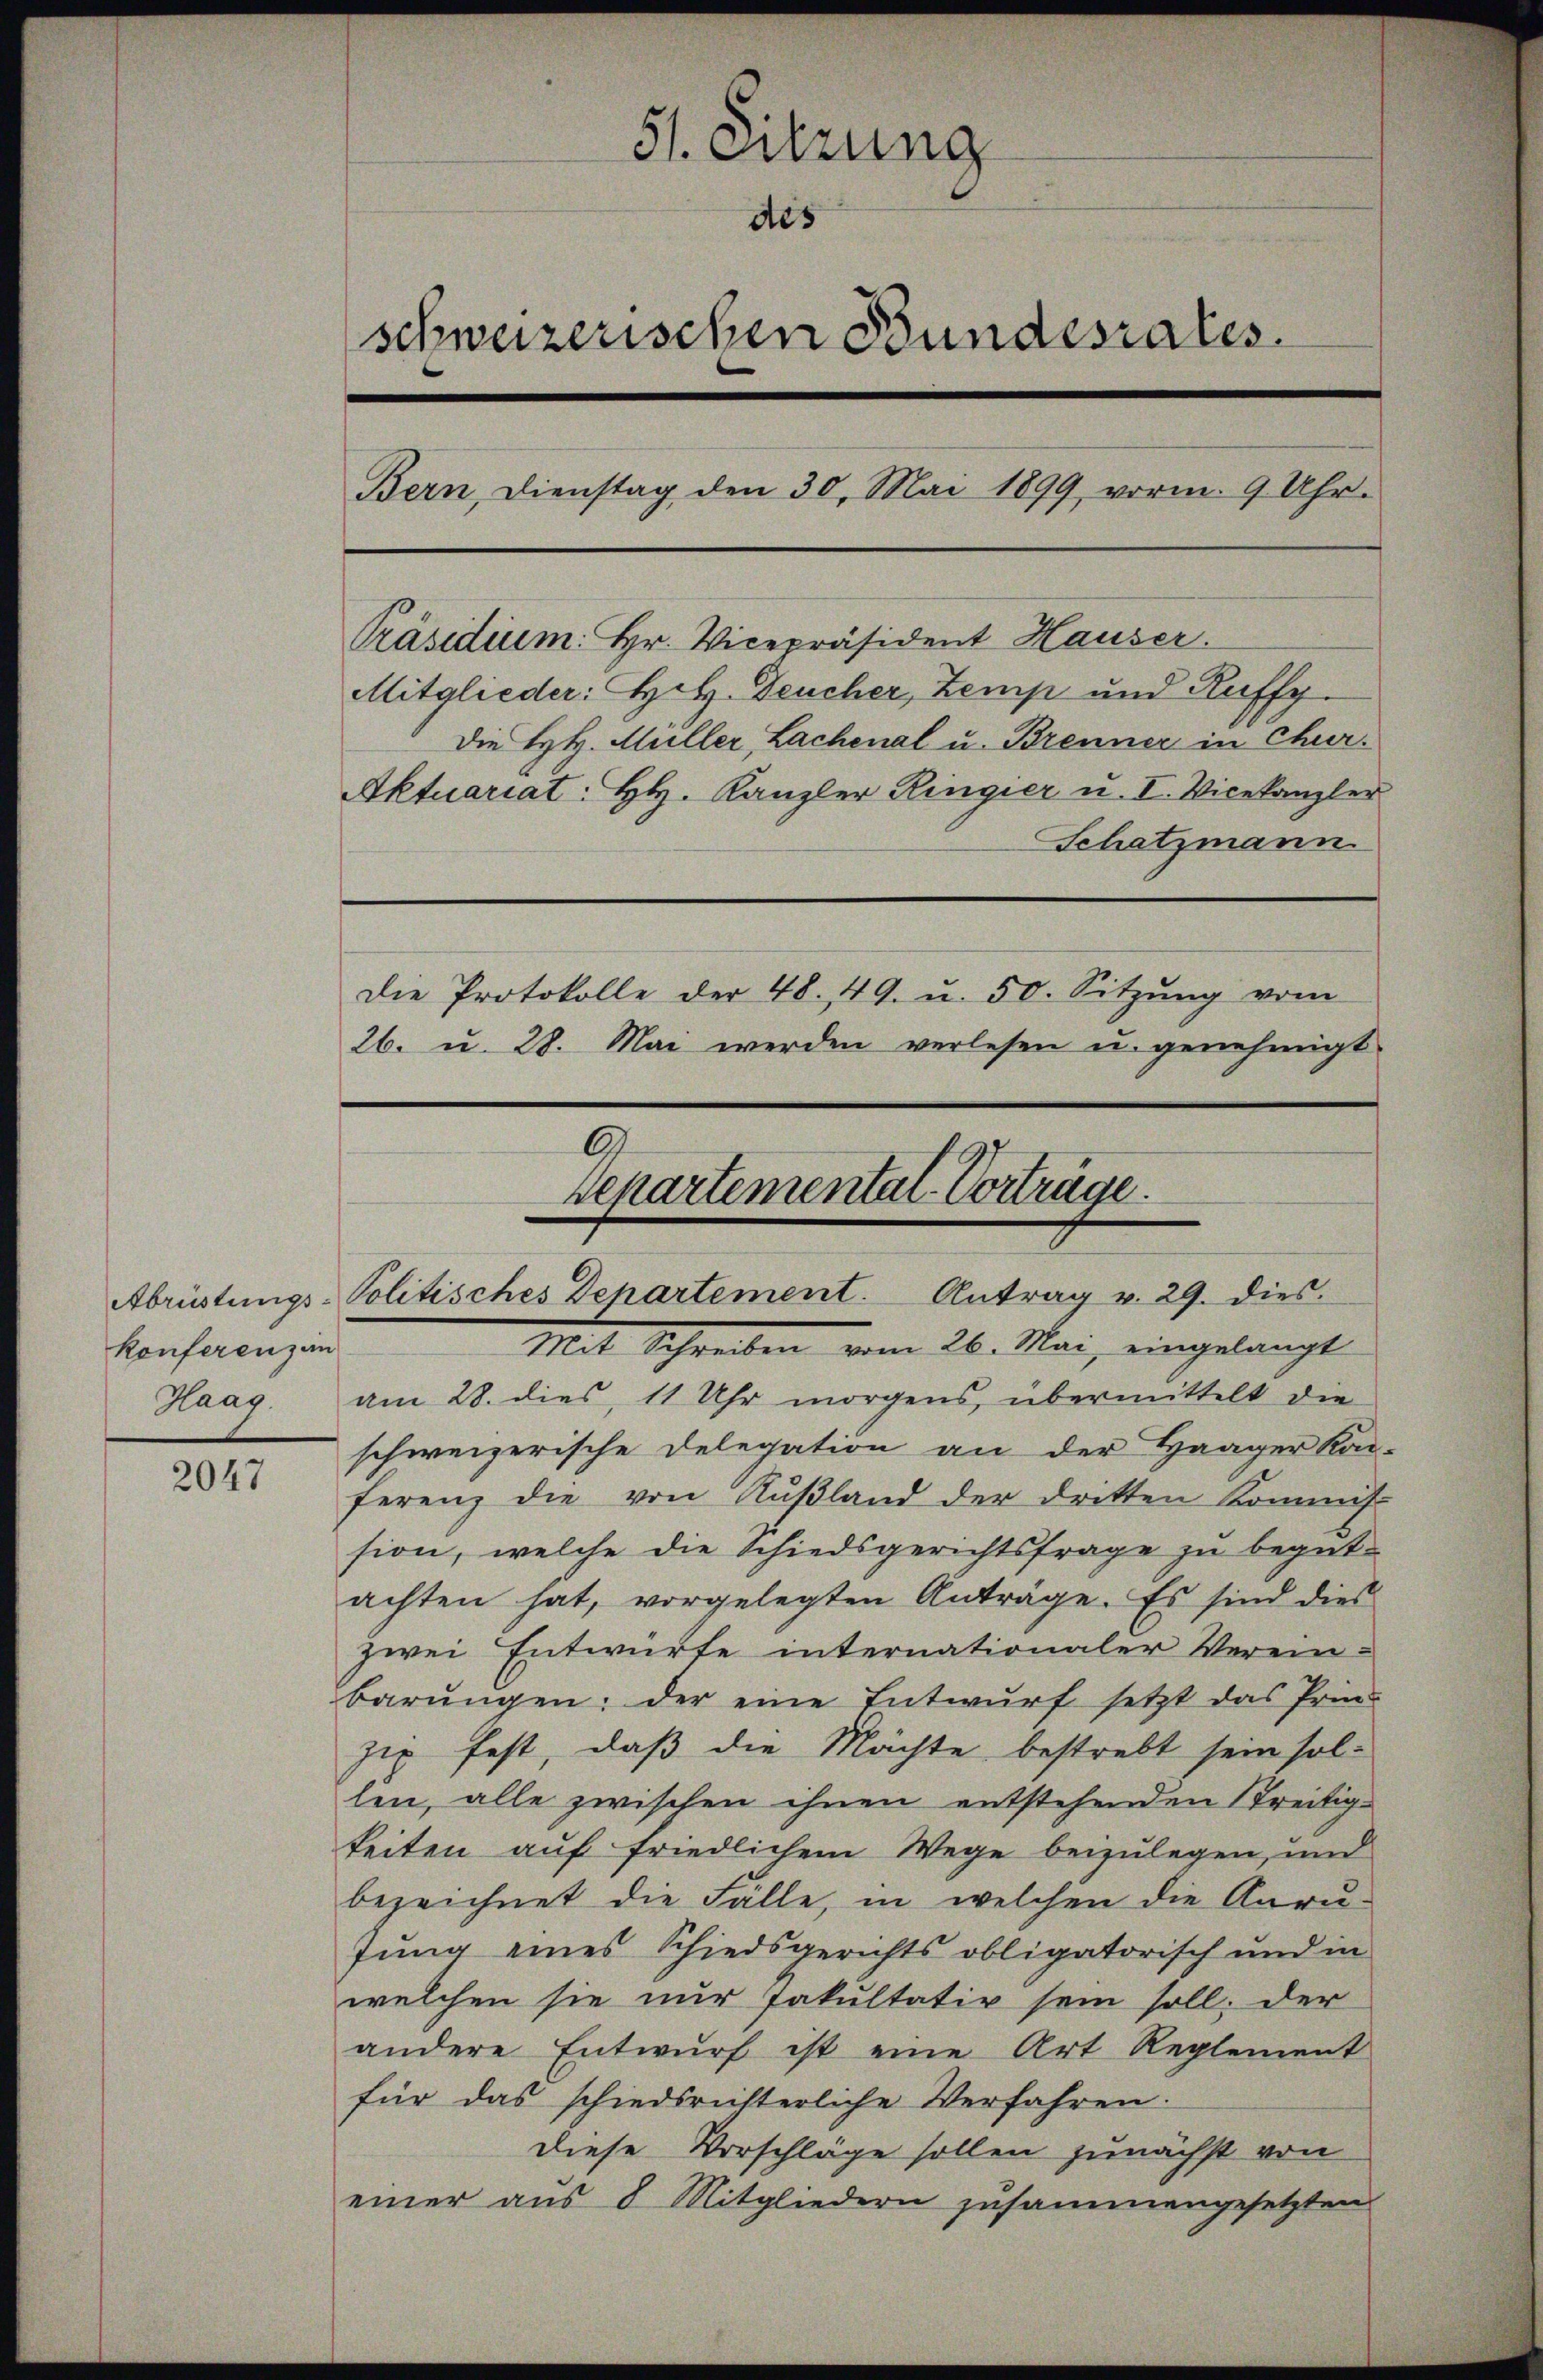
konferenz an
Haag.

2047

51. Sitzung
des
schweizerischen Bundesrates.
Bern, Dienstag den 30. Mai 1899, vorm. 9 Uhr.
Präsidium. Hr. Vicepräsident Hauser.
Mitglieder: Hetz. Teucher, Zemp und Ruffy.
Die HH. Müller, Lachenal u. Brenner in Chur.
Aktuariat: HH. Kanzler Ringier u. I. Vicekanzler
Schatzmann
Die Protokolle der 48. 49. u. 50. Sitzŭng vom
26. u. 28. Mai werden verlesen u. genehmigt

am 28. dies, 11 Uhr morgens, übermittelt die
schweizerische Delegation an der Haager Kon-
ferenz die von Rußland der dritten Kommis
sion, welche die Schiedsgerichtsfrage zu begut-
achten hat, vorgelegten Anträge. Es sind dies
zwei Entwürfe internationaler Verein-
barŭngen: der eine Entwŭrf setzt das Prin-
zip fest, daß die Mächte bestrebt sein sol-
len, alle zwischen ihnen entstehenden Streitigkeiten auf friedlichem Wege beizulegen, und
bezeichnet die Fälle, in welchen die Anru-
Jung eines Schiedsgerichts obligatorisch und in
welchen sie nur fakultativ sein soll; der
andere Entwŭrf ist eine Art Reglement
für das schiedsrichterliche Verfahren:
Diese Vorschläge sollen zunächst von
einer aus 8 Mitgliedern zusammengesetzten

r
Separtemental-Vorträge.
Abrüstungs-Politisches Dehartement. Antrag v. 29. dies
Mit Schreiben vom 26. Mai, eingelangt